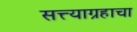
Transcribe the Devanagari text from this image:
सत्त्याग्रहाचा